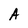
Character: A